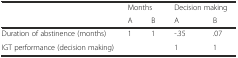
|  | <COLSPAN=2> Months | <COLSPAN=2> Decision making |
 |  | A | B | A | B |
 | --- | --- | --- | --- | --- |
 | Duration of abstinence (months) | 1 | 1 | -.35 | .07 |
 | IGT performance (decision making) |  |  | 1 | 1 |